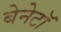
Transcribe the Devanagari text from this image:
बेनेटॉ